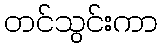
တင်သွင်းကာ